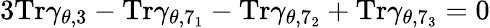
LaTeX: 3\mathrm{Tr}\gamma_{\theta,3}-\mathrm{Tr}\gamma_{\theta,7_{1}}-\mathrm{Tr}\gamma_{\theta,7_{2}}+\mathrm{Tr}\gamma_{\theta,7_{3}}=0